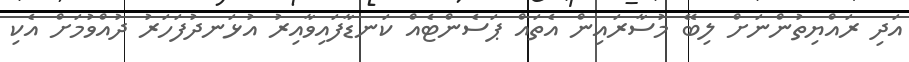
އަދި ރައްޔިތުންނަށް ލިބޭ މުސާރައިން އެތައް ޕަސެންޓެއް ކަނޑާފައިވާއިރު އުޅަނދުފަހަރު ދުއްވުމަށް އެކި